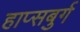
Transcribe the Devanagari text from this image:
हाप्सबुर्ग